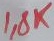
Text: 1,8K